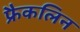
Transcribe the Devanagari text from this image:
फ्रैकलिन